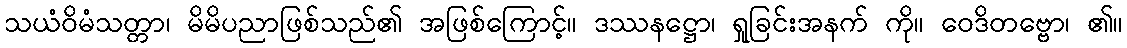
သယံဝိမံသတ္တာ၊ မိမိပညာဖြစ်သည်၏ အဖြစ်ကြောင့်။ ဒဿနဋ္ဌော၊ ရှုခြင်းအနက် ကို။ ဝေဒိတဗ္ဗော၊ ၏။